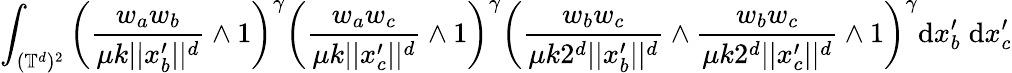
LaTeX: \int_{(\mathbb{T}^{d})^{2}}\left(\frac{w_{a}w_{b}}{\mu k||x_{b}^{\prime}||^{d}}\wedge 1\right)^{\gamma}\left(\frac{w_{a}w_{c}}{\mu k||x_{c}^{\prime}||^{d}}\wedge 1\right)^{\gamma}\left(\frac{w_{b}w_{c}}{\mu k2^{d}||x_{b}^{\prime}||^{d}}\wedge\frac{w_{b}w_{c}}{\mu k2^{d}||x_{c}^{\prime}||^{d}}\wedge 1\right)^{\gamma}\mathrm{d}x_{b}^{\prime}\; \mathrm{d}x_{c}^{\prime}